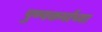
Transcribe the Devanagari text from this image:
पुण्यकर्मांच्या